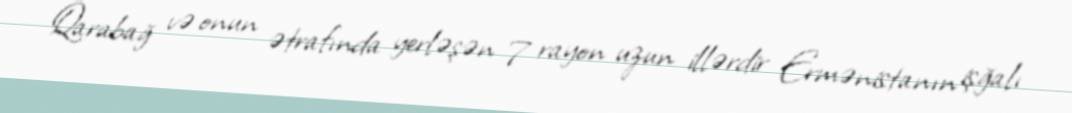
Qarabağ və onun ətrafında yerləşən 7 rayon uzun illərdir Ermənistanın işğalı